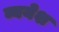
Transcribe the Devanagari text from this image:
व्ययेश